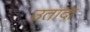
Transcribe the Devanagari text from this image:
उतादा